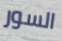
السور